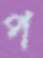
প